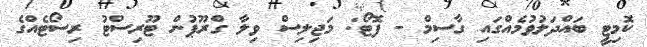
ކޮމިޓީ ބައްދަލުވުމެއްގައި ގާސިމް - ފޮޓޯ: މަޖިލިސް ވިލާ ގްރޫޕުން ޓޫރިސްޓު ރިސޯޓެއްގެ